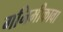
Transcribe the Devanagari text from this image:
गनिमीकावा